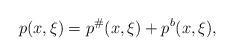
LaTeX: \begin{align*}p(x,\xi)=p^{\#}(x,\xi)+p^{b}(x,\xi),\end{align*}